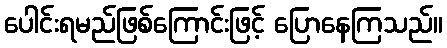
ပေါင်းရမည်ဖြစ်ကြောင်းဖြင့် ပြောနေကြသည်။